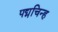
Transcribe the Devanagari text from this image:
पद्मचिन्ह